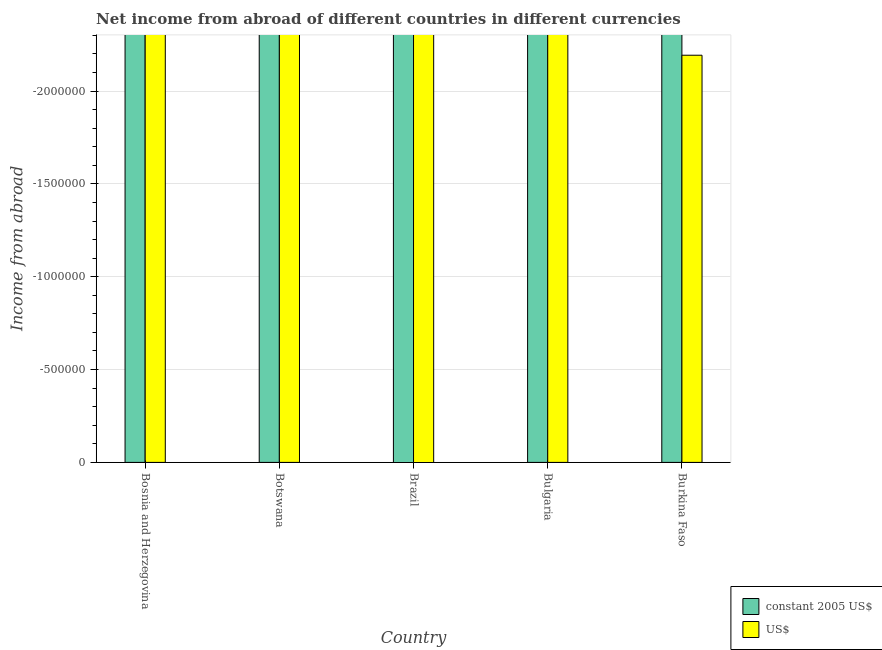
| Country | constant 2005 US$ | US$ |
 | --- | --- | --- |
 | Bosnia and Herzegovina | -3.95e+08 | -2.28e+08 |
 | Botswana | -5.29e+08 | -1.45e+08 |
 | Brazil | -3.38e+10 | -3.13e+10 |
 | Bulgaria | -6e+08 | -3.57e+08 |
 | Burkina Faso | -1.28e+09 | -2.19e+06 |